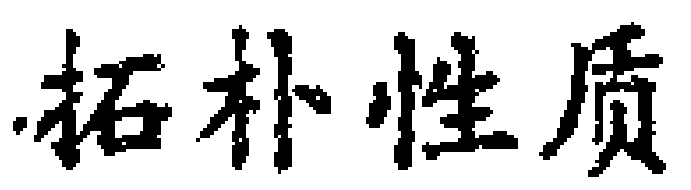
拓扑性质